Vaccination North-Western Provinces and Oudh 1896-1901 - 1896-1901
Year: 1896
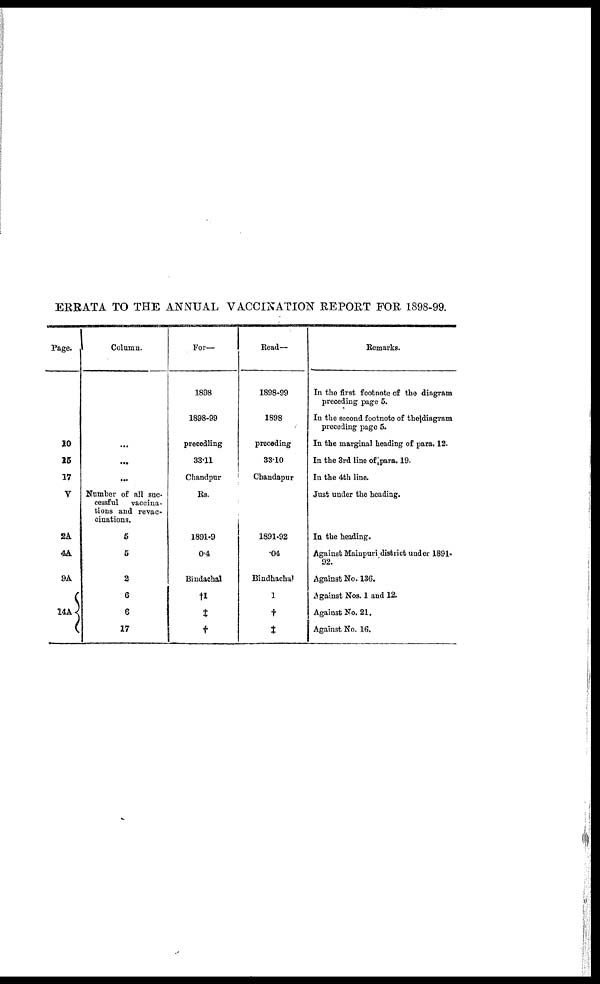
ERRATA TO THE ANNUAL VACCINATION REPORT FOR 1898-99.
Page.
10
15
17
V
2A
4A
9A
14A
Column.
...
...
...
Number of all suc-
cessful
vaccina-
tions and revac-
cinations.
5
5
2
6
6
17
For—
1898
1898-99
precedling
33.11
Chandpur
Rs.
1891-9
0.4
Bindachal
†1
‡
†
Read—
1898-99
1898
preceding
33.10
Chandapur
1891-92
.04
Bindhachal
1
†
‡
Remarks.
In the first footnote of the diagram
preceding page 5.
In the second footnote of the diagram
preceding page 5.
In the marginal beading of para. 12.
In the 3rd line of para. 19.
In the 4th line.
Just under the heading.
In the heading.
Against Mainpuri district under 1891-
92.
Against No. 136.
Against Nos. 1 and 12.
Against No. 21.
Against No. 16.